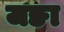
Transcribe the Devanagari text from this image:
जङा